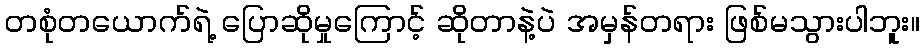
တစုံတယောက်ရဲ့ ပြောဆိုမှုကြောင့် ဆိုတာနဲ့ပဲ အမှန်တရား ဖြစ်မသွားပါဘူး။